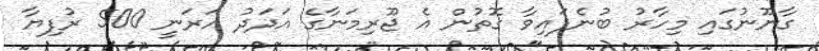
ގާނޫނުގައި މިހާރު ބުނެފައިވާ ގޮތުން އެ ޖޫރިމަނާގެ އަދަދު އަރަނީ 500 ރުފިޔާ